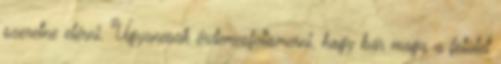
szeretne elérni. Ugyancsak érdemesfelismerni, hogy bár maga a felület